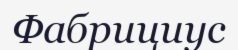
Фабрициус